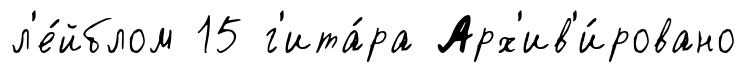
л'е́йблом 15 г'ита́ра Арх'ив'и́ровано